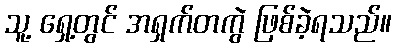
သူ့ ရှေ့တွင် အရှက်တကွဲ ဖြစ်ခဲ့ရသည်။